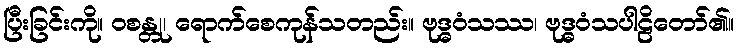
ပြီးခြင်းကို။ ဝစန္တု၊ ရောက်စေကုန်သတည်း။ ဗုဒ္ဓဝံသဿ၊ ဗုဒ္ဓဝံသပါဠိတော်၏။